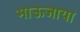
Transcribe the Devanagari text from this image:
भाऊजाया